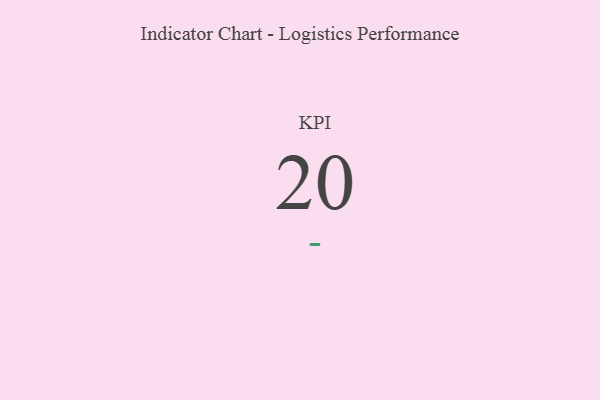
{"axis": {"x": "KPI", "y": "Value"}, "legend": [""], "data": [{"x": "KPI", "y": 20, "type": ""}]}